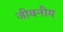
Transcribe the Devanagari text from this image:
जीवनीय